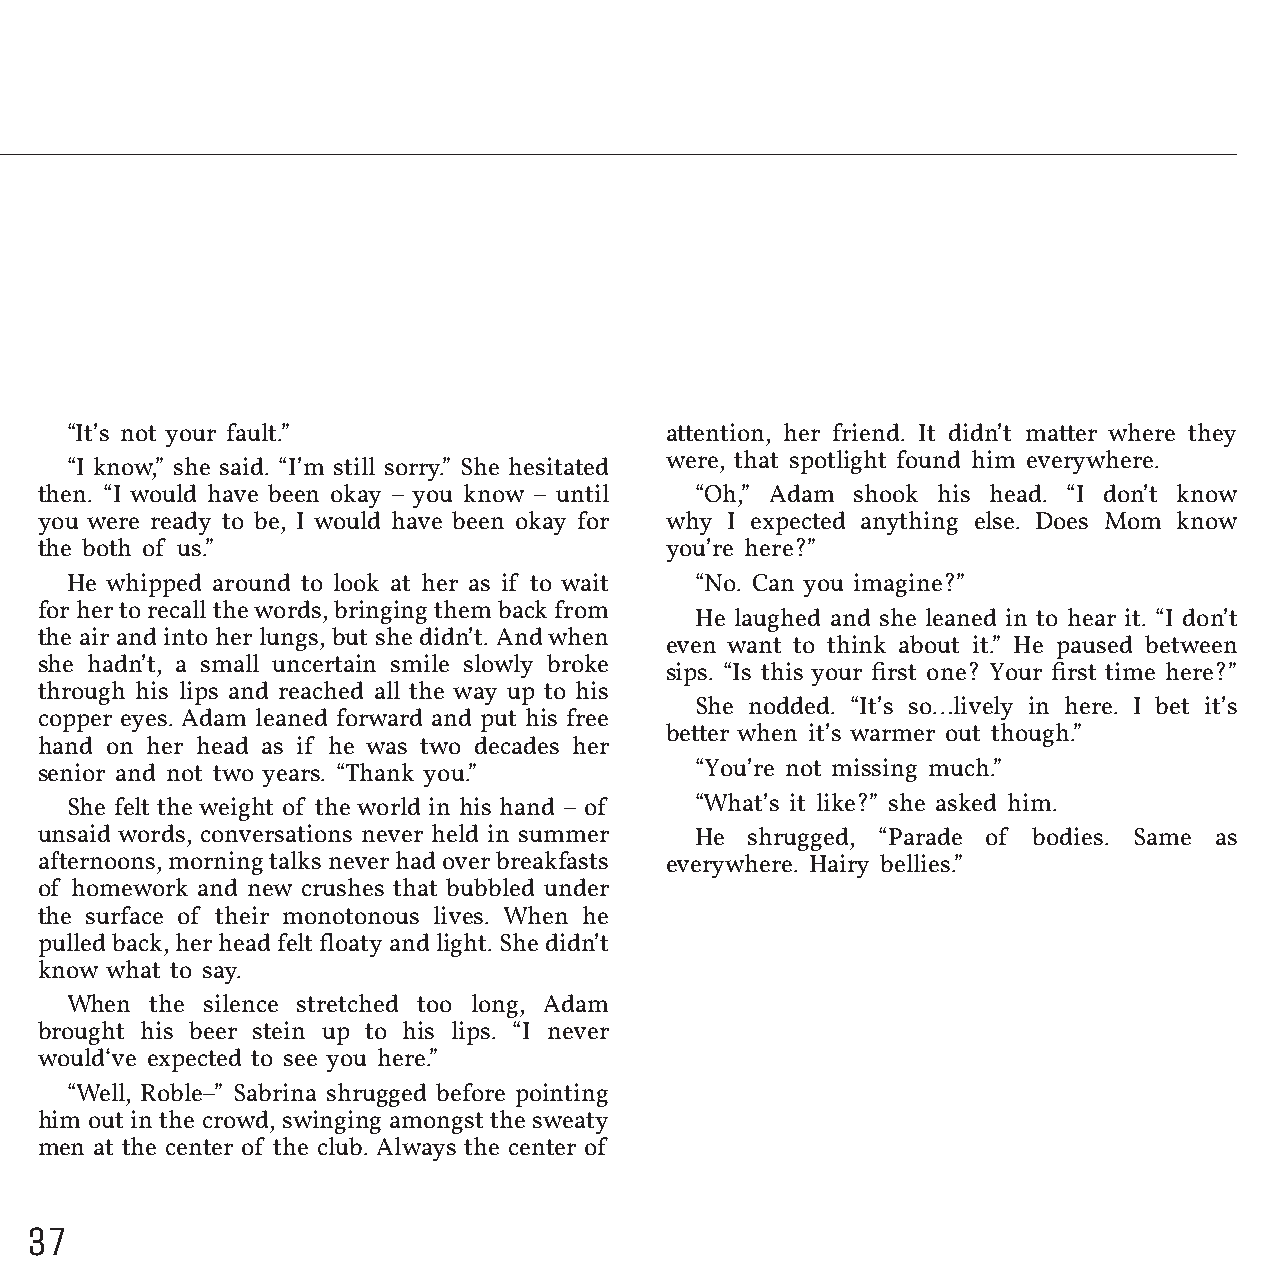
“It’s not your fault.”                  attention, her friend. It didn’t matter where they
 were, that spotlight found him everywhere.
 “I know,” she said. “I’m still sorry.” She hesitated
 then. “I would have been okay – you know – until “Oh,” Adam shook his head. “I don’t know
 you were ready to be, I would have been okay for why I expected anything else. Does Mom know
 the both of us.”                          you’re here?”
 He whipped around to look at her as if to wait “No. Can you imagine?”
 for her to recall the words, bringing them back from
 He laughed and she leaned in to hear it. “I don’t
 the air and into her lungs, but she didn’t. And when
 even want to think about it.” He paused between
 she hadn’t, a small uncertain smile slowly broke
 sips. “Is this your first one? Your first time here?”
 through his lips and reached all the way up to his
 She nodded. “It’s so…lively in here. I bet it’s
 copper eyes. Adam leaned forward and put his free
 better when it’s warmer out though.”
 hand on her head as if he was two decades her
 senior and not two years. “Thank you.”      “You’re not missing much.”
 She felt the weight of the world in his hand – of “What’s it like?” she asked him.
 unsaid words, conversations never held in summer He shrugged, “Parade of bodies. Same as
 afternoons, morning talks never had over breakfasts everywhere. Hairy bellies.”
 of homework and new crushes that bubbled under
 the surface of their monotonous lives. When he
 pulled back, her head felt floaty and light. She didn’t
 know what to say.
 When  the silence stretched too long, Adam
 brought his beer stein up to his lips. “I never
 would‘ve expected to see you here.”
 “Well, Roble–” Sabrina shrugged before pointing
 him out in the crowd, swinging amongst the sweaty
 men at the center of the club. Always the center of
 37